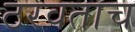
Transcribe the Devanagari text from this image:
ठरवताच